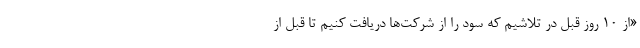
«از ۱۰ روز قبل در تلاشیم که سود را از شرکت‌ها دریافت کنیم تا قبل از